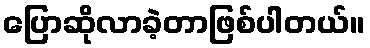
ပြောဆိုလာခဲ့တာဖြစ်ပါတယ်။